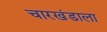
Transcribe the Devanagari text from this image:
चारखंडाला